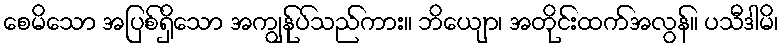
စေမိသော အပြစ်ရှိသော အကျွန်ုပ်သည်ကား။ ဘိယျော၊ အတိုင်းထက်အလွန်။ ပသီဒါမိ၊